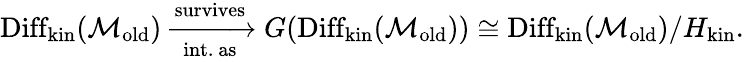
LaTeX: \begin{array}{r}{\mathrm{Diff}_{\mathrm{kin}}(\mathcal{M}_{\mathrm{old}})\xrightarrow[\mathrm{int.~as}]{\mathrm{survives}}G(\mathrm{Diff}_{\mathrm{kin}}(\mathcal{M}_{\mathrm{old}}))\cong\mathrm{Diff}_{\mathrm{kin}}(\mathcal{M}_{\mathrm{old}})/H_{\mathrm{kin}}.}\end{array}